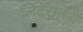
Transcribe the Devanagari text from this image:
लिटरमध्ये